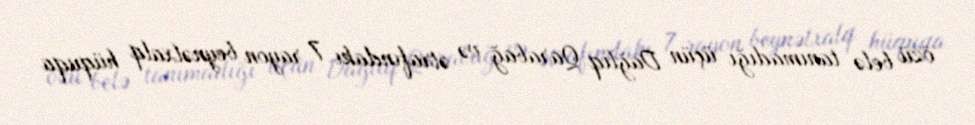
özü belə tanımadığı üçün Dağlıq Qarabağ və ətrafındakı 7 rayon beynəlxalq hüquqa